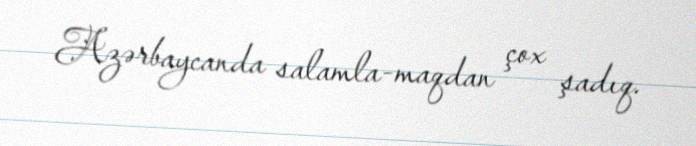
Azərbaycanda salamla­maqdan çox şadıq.